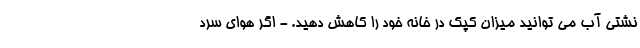
نشتی آب می توانید میزان کپک در خانه خود را کاهش دهید. - اگر هوای سرد